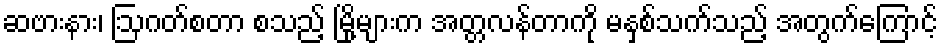
ဆဗားနား၊ ဩဂတ်စတာ စသည့် မြို့များက အတ္တလန်တာကို မနှစ်သက်သည့် အတွက်ကြောင့်